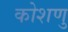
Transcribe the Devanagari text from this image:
कोशणु